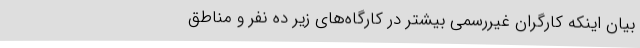
بیان اینکه کارگران غیررسمی بیشتر در کارگاه‌های زیر ده نفر و مناطق